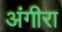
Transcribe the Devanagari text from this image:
अंगीरा